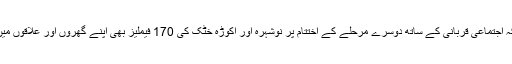
انہوں نے مزید کہا کہ اجتماعی قربانی کے ساتھ دوسرے مرحلے کے اختتام پر نوشہرہ اور اکوڑہ خٹک کی 170 فیملیز بھی اپنے گھروں اور علاقوں میں واپس چلی گئی ہیں۔